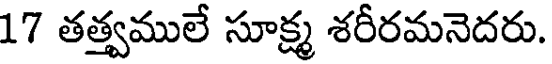
17 తత్త్వములే సూక్ష్మ శరీరమనెదరు.